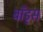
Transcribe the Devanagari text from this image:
बाँड्स